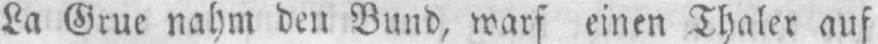
La Grue nahm den Bund, warf einen Thaler auf